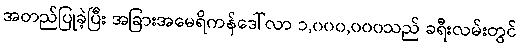
အတည်ပြုခဲ့ပြီး အခြားအမေရိကန်ဒေါ်လာ ၁,၀၀၀,၀၀၀သည် ခရီးလမ်းတွင်